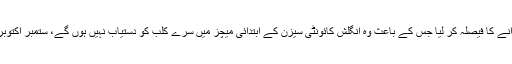
04 مئی2018ء) آسٹریلوی آل رائونڈر مچل مارش نے ٹخنے کی سرجری کرانے کا فیصلہ کر لیا جس کے باعث وہ انگلش کائونٹی سیزن کے ابتدائی میچز میں سرے کلب کو دستیاب نہیں ہوں گے، ستمبر اکتوبر میں پاکستان کے خلاف شیڈول ٹیسٹ سیریز میں شرکت بھی مشکوک ہو گئی۔